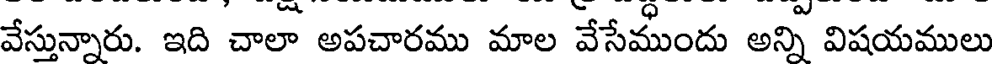
వేస్తున్నారు. ఇది చాలా అపచారము మాల వేసేముందు అన్ని విషయములు